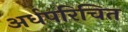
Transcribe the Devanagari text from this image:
अर्धपरिचित